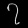
Digit: ၇